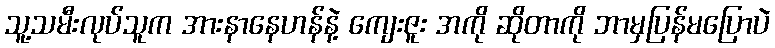
သူ့သမီးလုပ်သူက အားနာနေဟန်နဲ့ ကျေးဇူး အကို ဆိုတာကို ဘာမှပြန်မပြောပဲ